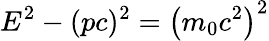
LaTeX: E^{2}-(pc)^{2}=\left(m_{0}c^{2}\right)^{2}